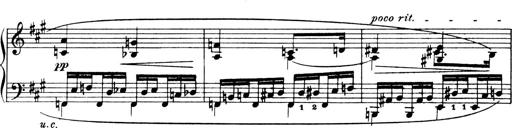
Title: 4 Sonatines
Composer: Max Reger